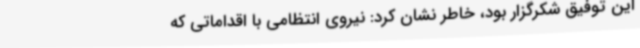
این توفیق شکرگزار بود، خاطر نشان کرد: نیروی انتظامی با اقداماتی که